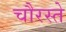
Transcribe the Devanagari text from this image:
चौरस्ते